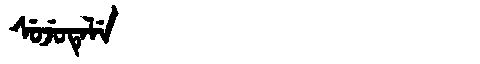
Manchu: ᠰᡠᠵᡠᡨᡝᠯᡝ
Romanization: SUJUTELE